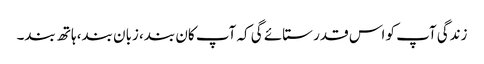
زندگی آپ کو اس قدر ستائے گی کہ آپ کان بند، زبان بند، ہاتھ بند۔